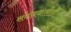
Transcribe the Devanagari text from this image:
संबोधनासाठी